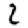
Digit: 2